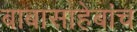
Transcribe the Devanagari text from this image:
बाबासाहेबांच